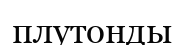
плутонды